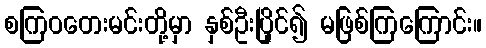
စကြဝတေးမင်းတို့မှာ နှစ်ဦးပြိုင်၍ မဖြစ်ကြကြောင်း။